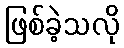
ဖြစ်ခဲ့သလို